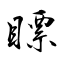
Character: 瞟